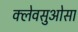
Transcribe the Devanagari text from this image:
क्लेवसुओसा